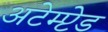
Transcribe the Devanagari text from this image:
अटेम्प्टेड